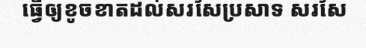
ធ្វើឲ្យខូចខាតដល់សរសៃប្រសាទ សរសៃ